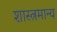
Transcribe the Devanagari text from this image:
शास्त्रमान्य